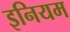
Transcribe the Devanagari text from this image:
इनियम